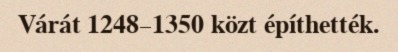
Várát 1248–1350 közt építhették.